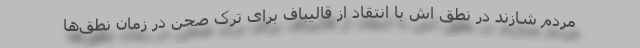
مردم شازند در نطق اش با انتقاد از قالیباف برای ترک صحن در زمان نطق‌ها